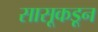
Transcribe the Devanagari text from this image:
सासूकडून